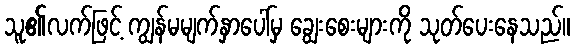
သူ၏လက်ဖြင့် ကျွန်မမျက်နှာပေါ်မှ ချွေးစေးများကို သုတ်ပေးနေသည်။